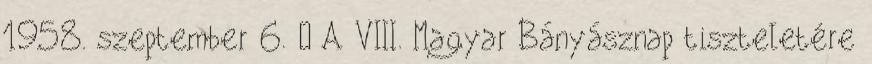
1958. szeptember 6. – A VIII. Magyar Bányásznap tiszteletére